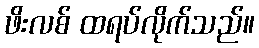
ဖိးလစ် ထရပ်လိုက်သည်။